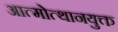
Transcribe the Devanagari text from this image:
आत्मोत्थानयुक्त